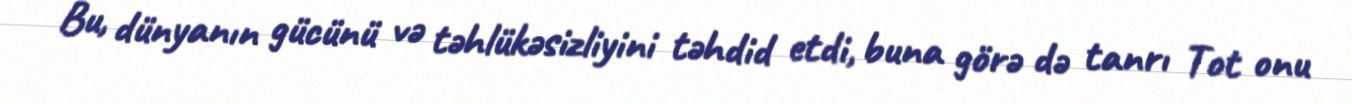
Bu, dünyanın gücünü və təhlükəsizliyini təhdid etdi, buna görə də tanrı Tot onu